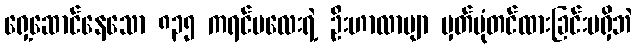
ရှေ့ဆောင်နေသော ၈၃၅ ကရင်မလေးရဲ့ ဦးဟာလာမျာ မှတ်ပုံတင်ထားခြင်းမရှိဘဲ